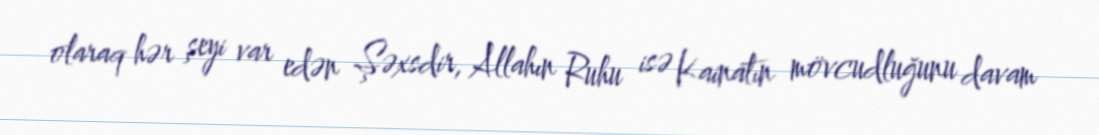
olaraq hər şeyi var edən Şəxsdir, Allahın Ruhu isə Kainatın mövcudluğunu davam